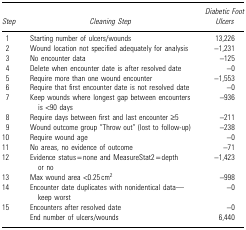
<table><thead><tr><td><b><i>Step</i></b></td><td><b><i>Cleaning Step</i></b></td><td><b><i>Diabetic Foot Ulcers</i></b></td></tr></thead><tbody><tr><td>1</td><td>Starting number of ulcers/wounds</td><td>13,226</td></tr><tr><td>2</td><td>Wound location not specified adequately for analysis</td><td>−1,231</td></tr><tr><td>3</td><td>No encounter data</td><td>−125</td></tr><tr><td>4</td><td>Delete when encounter date is after resolved date</td><td>−0</td></tr><tr><td>5</td><td>Require more than one wound encounter</td><td>−1,553</td></tr><tr><td>6</td><td>Require that first encounter date is not resolved date</td><td>−0</td></tr><tr><td>7</td><td>Keep wounds where longest gap between encounters is &lt;90 days</td><td>−936</td></tr><tr><td>8</td><td>Require days between first and last encounter ≥5</td><td>−211</td></tr><tr><td>9</td><td>Wound outcome group “Throw out” (lost to follow-up)</td><td>−238</td></tr><tr><td>10</td><td>Require wound age</td><td>−0</td></tr><tr><td>11</td><td>No areas, no evidence of outcome</td><td>−71</td></tr><tr><td>12</td><td>Evidence status = none and MeasureStat2 = depth or no</td><td>−1,423</td></tr><tr><td>13</td><td>Max wound area &lt;0.25 cm<sup>2</sup></td><td>−998</td></tr><tr><td>14</td><td>Encounter date duplicates with nonidentical data—keep worst</td><td>−0</td></tr><tr><td>15</td><td>Encounters after resolved date</td><td>−0</td></tr><tr><td> </td><td>End number of ulcers/wounds</td><td>6,440</td></tr></tbody></table>